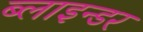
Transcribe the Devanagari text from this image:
ब्लाइन्डर